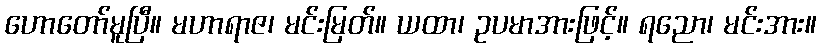
ဟောတော်မူပြီ။ မဟာရာဇ၊ မင်းမြတ်။ ယထာ၊ ဥပမာအားဖြင့်။ ရညော၊ မင်းအား။